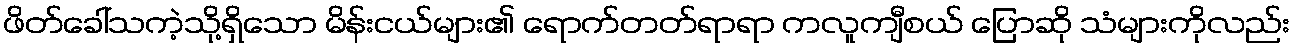
ဖိတ်ခေါ်သကဲ့သို့ရှိသော မိန်းငယ်များ၏ ရောက်တတ်ရာရာ ကလူကျီစယ် ပြောဆို သံများကိုလည်း